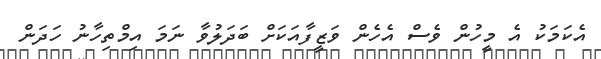
އެކަމަކު އެ މީހުން ވެސް އެހެން ވަޒީފާއަކަށް ބަދަލުވާ ނަމަ އިމްތިހާނު ހަދަން